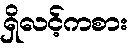
ရှိလင့်ကစား